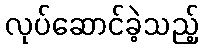
လုပ်ဆောင်ခဲ့သည့်